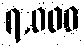
၇,၀၀၀